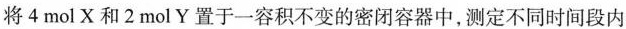
将4mol X和2mol Y置于一容积不变的密闭容器中，测定不同时间段内